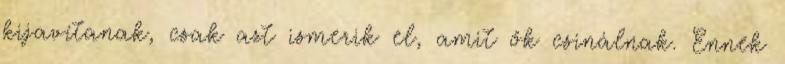
kijavítanak, csak azt ismerik el, amit ők csinálnak. Ennek